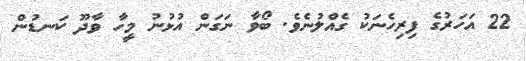
22 އަހަރުގެ ފިރިހެނަކު ގެއްލުނެވެ. ބޯވާ ނަގަން އުޅުނު މީހާ ވާދޫ ކަނޑުން